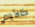
كالأيام